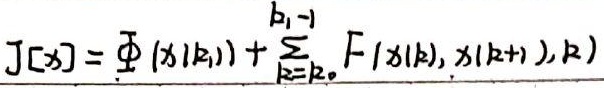
\(J[x]=\varPhi\left(x\left(k_{1}\right)\right)+\sum_{k = k_{0}}^{k_{1}-1}F\left(x\left(k\right),x\left(k + 1\right),k\right)\)